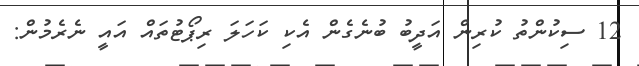
12 ސިކުންތު ކުރިން އަދީބު ބުނެގެން އެކި ކަހަލަ ރިޕޯޓުތައް އައީ ނެރެމުން: